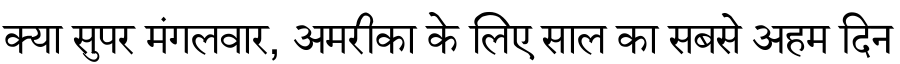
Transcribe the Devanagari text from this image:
क्या सुपर मंगलवार, अमरीका के लिए साल का सबसे अहम दिन